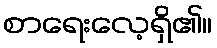
စာရေးလေ့ရှိ၏။